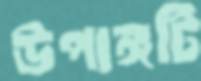
উপাঙ্গটি